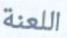
اللعنة